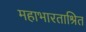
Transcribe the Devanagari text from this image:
महाभारताश्रित